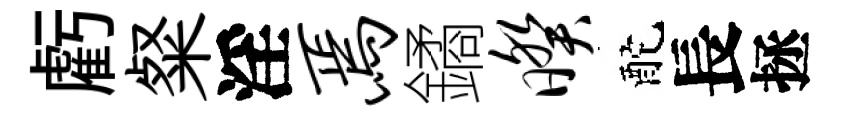
虧粲淫焉鐍暌酡長拯